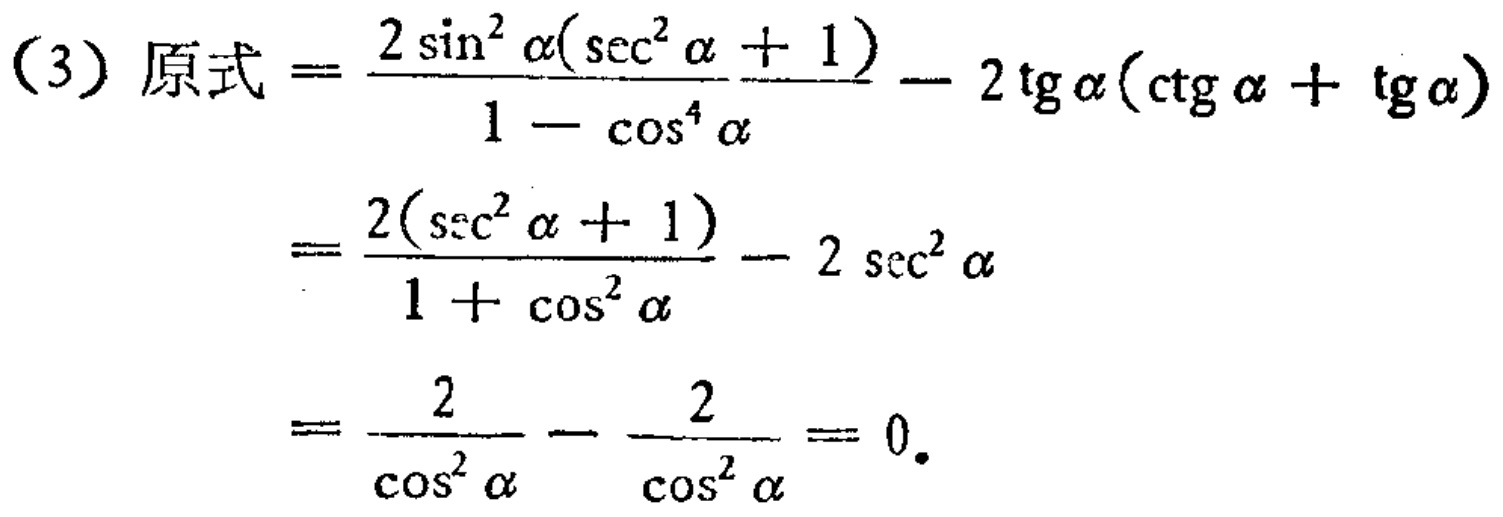
\[

\begin{align*}

(3)\ 原式&=\frac{2\sin^{2}\alpha(\sec^{2}\alpha + 1)}{1 - \cos^{4}\alpha}-2\operatorname{tg}\alpha(\operatorname{ctg}\alpha+\operatorname{tg}\alpha)\\

&=\frac{2(\sec^{2}\alpha + 1)}{1 + \cos^{2}\alpha}-2\sec^{2}\alpha\\

&=\frac{2}{\cos^{2}\alpha}-\frac{2}{\cos^{2}\alpha}=0.

\end{align*}

\]